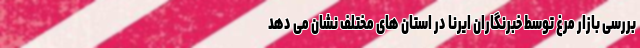
بررسی بازار مرغ توسط خبرنگاران ایرنا در استان های مختلف نشان می دهد